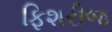
ફિશરીજ